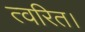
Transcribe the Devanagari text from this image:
त्वरित।